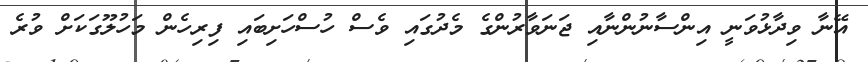
އޭނާ ވިދާޅުވަނީ އިންސާނުންނާއި ޖަނަވާރުންގެ މެދުގައި ވެސް ހުސްހަށިބައި ފިރިހެން މަހުލޫގަކަށް ވުރެ